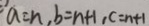
a = n , b = n + 1 , c = n + 1